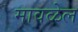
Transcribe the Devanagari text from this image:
मावळेल